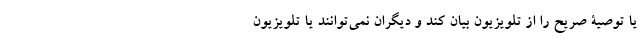
یا توصیۀ صریح را از تلویزیون بیان کند و دیگران نمی‌توانند یا تلویزیون